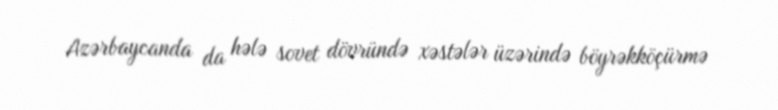
Azərbaycanda da hələ sovet dövründə xəstələr üzərində böyrəkköçürmə